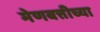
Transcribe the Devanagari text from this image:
मेणबत्तीच्या